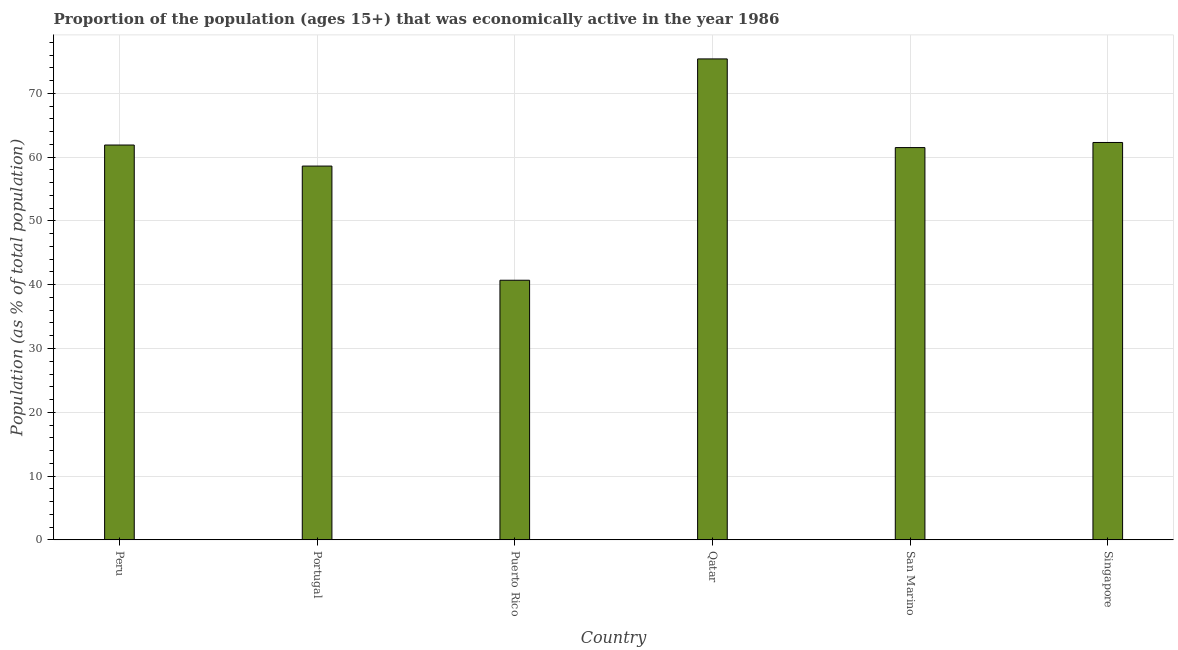
| Country | Labor force participation rate total |
 | --- | --- |
 | Peru | 61.9 |
 | Portugal | 58.6 |
 | Puerto Rico | 40.7 |
 | Qatar | 75.4 |
 | San Marino | 61.5 |
 | Singapore | 62.3 |